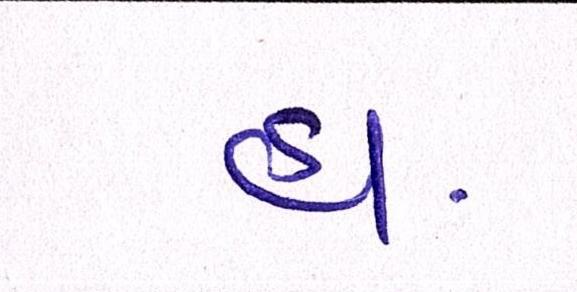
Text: હોં